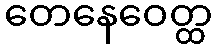
တေနေဝေတ္ထ